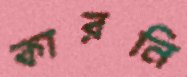
কারনি